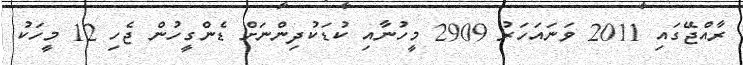
ރާއްޖޭގައި 2011 ވަނައަހަރު 2909 މީހުނާއި ކުޑަކުދިންނަށް ޑެންގީހުން ޖެހި 12 މީހަކު